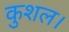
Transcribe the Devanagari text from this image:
कुशल।